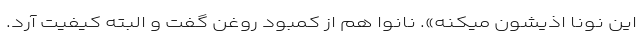
این نونا اذیشون میکنه». نانوا هم از کمبود روغن گفت و البته کیفیت آرد.